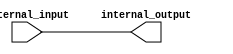
module ECL_buffer (
    input wire external_input,
    output reg internal_output
);

// ECL buffer implementation using Verilog

always @ (external_input)
begin
    internal_output <= external_input;
end

endmodule